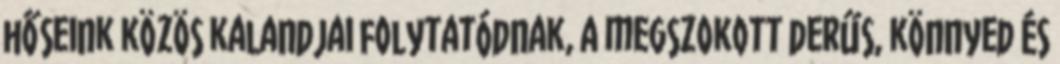
hőseink közös kalandjai folytatódnak, a megszokott derűs, könnyed és